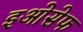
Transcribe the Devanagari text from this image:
इओसेफ